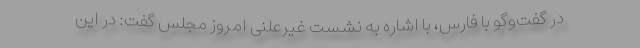
در گفت‌وگو با فارس، با اشاره به نشست غیرعلنی امروز مجلس گفت: در این